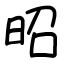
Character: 昭